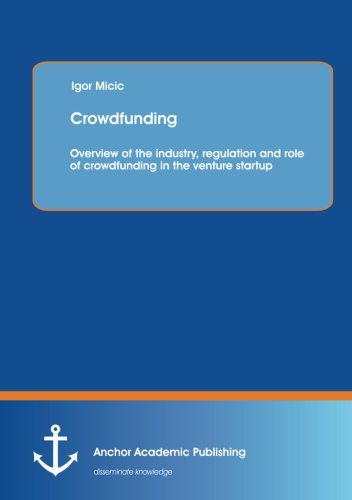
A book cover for Crowdfunding: Overview of the industry, regulation and role of crowdfunding in the venture startup; Igor Micic; Business & Money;